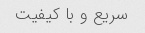
سریع و با کیفیت